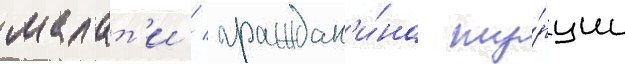
малат'и / граждан'и́на ту́рции